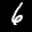
Label: 6